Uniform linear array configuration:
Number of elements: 24
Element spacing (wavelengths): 0.5
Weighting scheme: uniform
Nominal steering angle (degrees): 0
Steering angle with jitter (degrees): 0.2913
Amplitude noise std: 0.05
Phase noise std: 0.05

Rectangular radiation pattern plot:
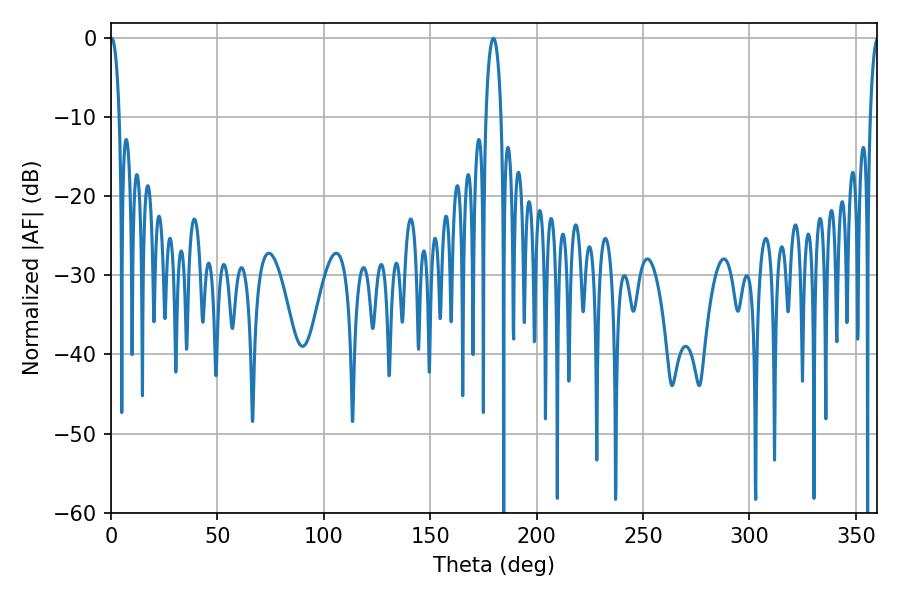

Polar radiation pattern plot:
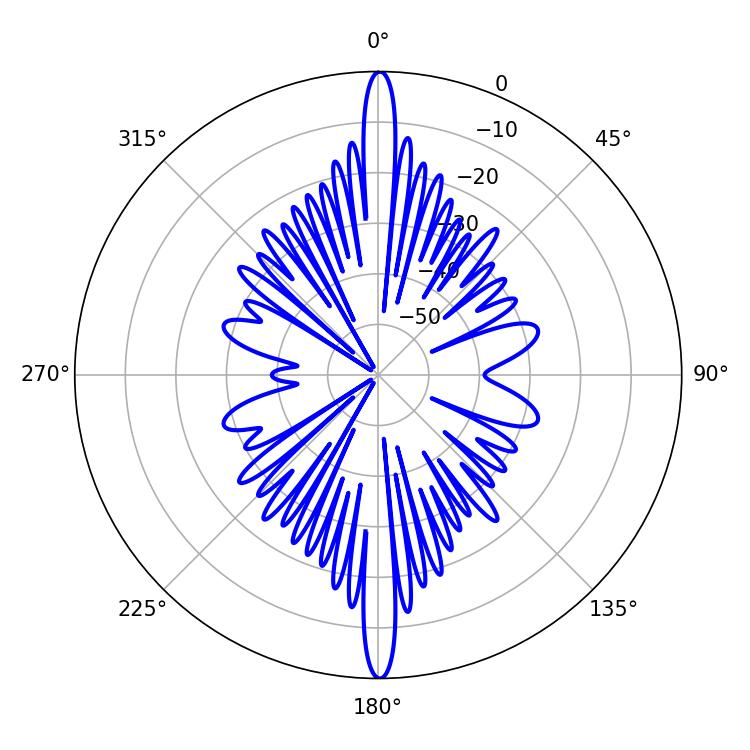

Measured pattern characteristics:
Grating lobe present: FALSE
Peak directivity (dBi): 33.025
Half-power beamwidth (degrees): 2.34
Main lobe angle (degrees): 0.36